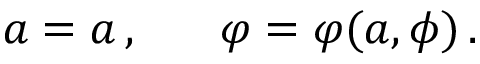
a = a \, , \ \ \ \ \ \varphi = \varphi ( a , \phi ) \, .